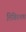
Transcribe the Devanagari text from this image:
लिखितभाषा